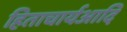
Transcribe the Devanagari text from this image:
हिताचार्यआदि